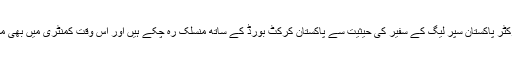
یہ دونوں کرکٹر پاکستان سپر لیگ کے سفیر کی حیثیت سے پاکستان کرکٹ بورڈ کے ساتھ منسلک رہ چکے ہیں اور اس وقت کمنٹری میں بھی مصروف ہیں۔